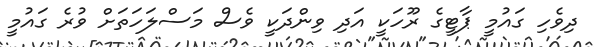
ދިވެހި ގައުމީ ޕާޓީގެ ރޫހަކީ އަދި ވިންދަކީ ވެސް މަސްލަހަތަށް ވުރެ ގައުމީ